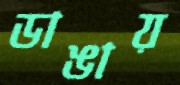
ডাঙায়